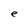
Character: e